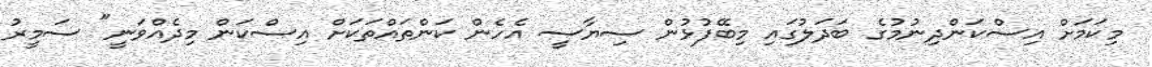
މިކަމަށް އިސްކަންދިނުމުގެ ބަދަލުގައި މިބޭފުޅުން ސިޔާސީ އެހެން ކަންތައްތަކަށް އިސްކަން މިދެއްވަނީ" ސަމީރު